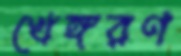
খেঙ্গরণ